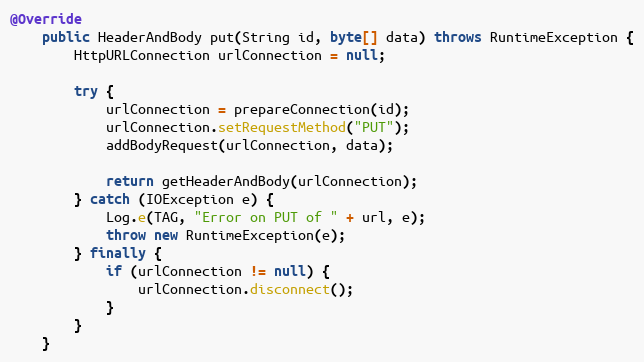
Language: Java
@Override
    public HeaderAndBody put(String id, byte[] data) throws RuntimeException {
        HttpURLConnection urlConnection = null;

        try {
            urlConnection = prepareConnection(id);
            urlConnection.setRequestMethod("PUT");
            addBodyRequest(urlConnection, data);

            return getHeaderAndBody(urlConnection);
        } catch (IOException e) {
            Log.e(TAG, "Error on PUT of " + url, e);
            throw new RuntimeException(e);
        } finally {
            if (urlConnection != null) {
                urlConnection.disconnect();
            }
        }
    }